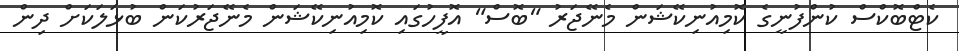
ކެޓްބޮކްސް ކުންފުނީގެ ކޮމިއުނިކޭޝަން މެނޭޖަރު "ބޮސް" އޮފީހުގައި ކޮމިއުނިކޭޝަން މެނޭޖަރުކަން ބުޅަލަކަށް ދިން